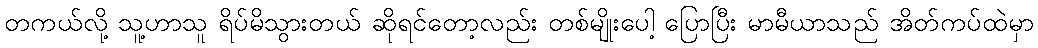
တကယ်လို့ သူ့ဟာသူ ရိပ်မိသွားတယ် ဆိုရင်တော့လည်း တစ်မျိုးပေါ့ ပြောပြီး မာမီယာသည် အိတ်ကပ်ထဲမှာ